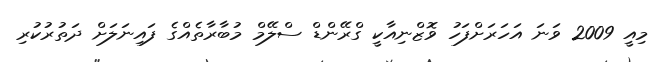
މިއީ 2009 ވަނަ އަހަރަށްފަހު ވޮޒްނިއާކީ ގްރޭންޑް ސްލޭމް މުބާރާތެއްގެ ފައިނަލަށް ދަތުރުކުރި